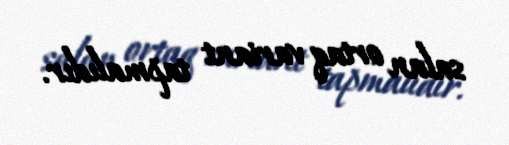
salan ortaq variant tapmalıdır.